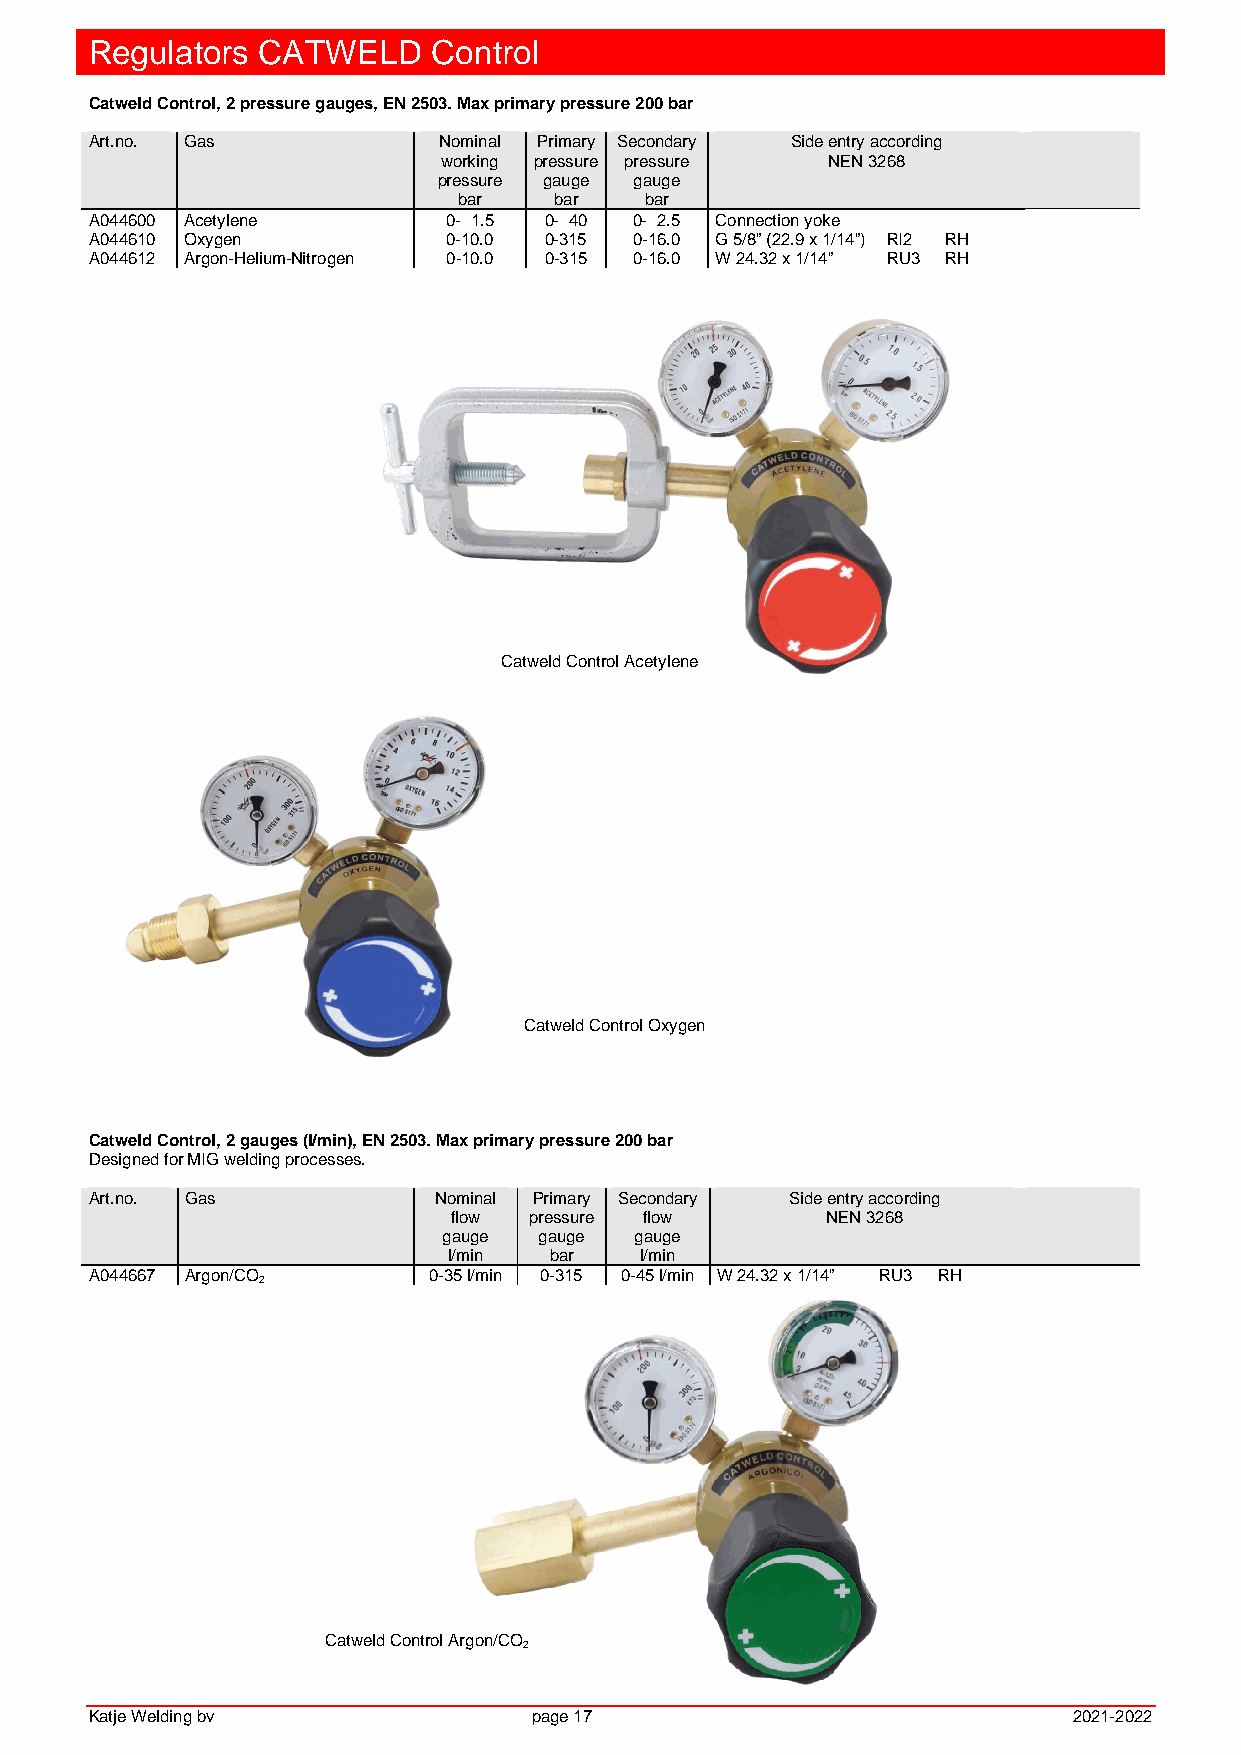
Regulators CATWELD     Control
 Catweld Control, 2 pressure gauges, EN 2503. Max primary pressure 200 bar
 Art.no. Gas            Nominal Primary Secondary Side entry according
 working pressure pressure NEN 3268
 pressure gauge gauge
 bar    bar   bar
 A044600 Acetylene       0- 1.5 0- 40 0- 2.5 Connection yoke
 A044610 Oxygen          0-10.0 0-315 0-16.0 G 5/8” (22.9 x 1/14”) RI2 RH
 A044612 Argon-Helium-Nitrogen 0-10.0 0-315 0-16.0 W 24.32 x 1/14” RU3 RH
 Catweld Control Acetylene
 Catweld Control Oxygen
 Catweld Control, 2 gauges (l/min), EN 2503. Max primary pressure 200 bar
 Designed for MIG welding processes.
 Art.no. Gas            Nominal Primary Secondary Side entry according
 flow pressure flow       NEN 3268
 gauge  gauge gauge
 l/min bar   l/min
 A044667 Argon/CO      0-35 l/min 0-315 0-45 l/min W 24.32 x 1/14” RU3 RH
 2
 Catweld Control Argon/CO
 2
 Katje Welding bv             page 17                             2021-2022